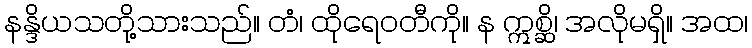
နန္ဒိယသတို့သားသည်။ တံ၊ ထိုရေဝတီကို။ န ဣစ္ဆိ၊ အလိုမရှိ။ အထ၊